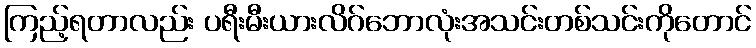
ကြည့်ရတာလည်း ပရီးမီးယားလိဂ်ဘောလုံးအသင်းတစ်သင်းကိုတောင်